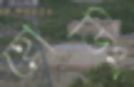
হোডিং